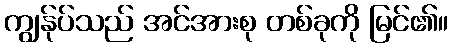
ကျွန်ုပ်သည် အင်အားစု တစ်ခုကို မြင်၏။